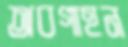
অবগাহন